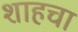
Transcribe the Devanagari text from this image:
शाहचा